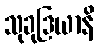
သုခုဒြယာနိ